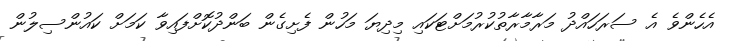
އެހެންވެ އެ ސަރަހައްދު މަރާމާރާތުކުރުމަށްޓަކައި މިދިޔަ މަހުން ފެށިގެން ބަންދުކޮށްފައިވާ ކަމަށް ކައުންސިލުން